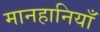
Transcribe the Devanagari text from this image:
मानहानियाँ